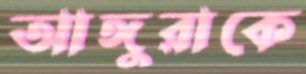
আঙ্গুরাকে